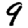
Digit: 9